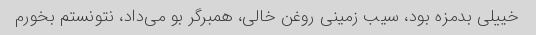
خییلی بدمزه بود، سیب زمینی روغن خالی، همبرگر بو می‌داد، نتونستم بخورم